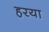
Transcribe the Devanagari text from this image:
हरया